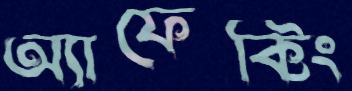
অ্যাফেক্টিং